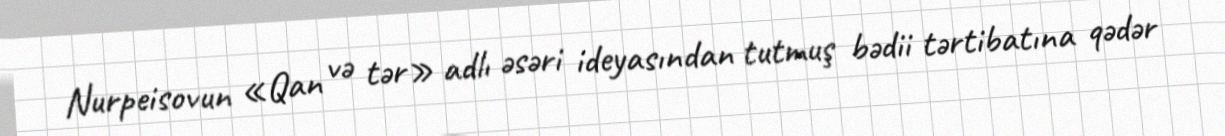
Nurpeisovun «Qan və tər» adlı əsəri ideyasından tutmuş bədii tərtibatına qədər